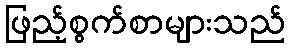
ဖြည့်စွက်စာများသည်